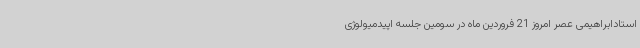
استادابراهیمی عصر امروز 21 فروردین ماه در سومین جلسه اپیدمیولوژی